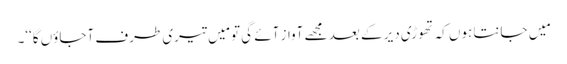
مَیں جانتا ہوں کہ تھوڑی دیر کے بعد مجھے آواز آئے گی تو مَیں تیری طرف آجاؤں گا‘‘۔